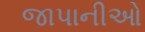
જાપાનીઓ